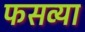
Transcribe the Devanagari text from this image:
फसव्या